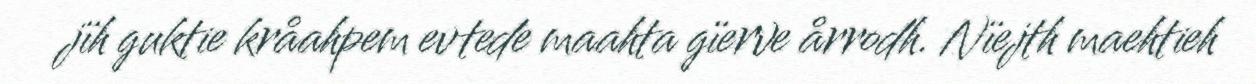
jïh guktie kråahpem evtede maahta gïerve årrodh. Nïejth maehtieh